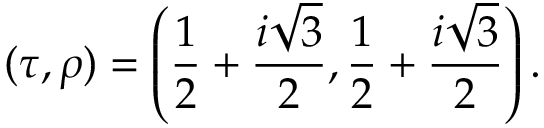
( \tau , \rho ) = \left( \frac { 1 } { 2 } + \frac { i \sqrt { 3 } } { 2 } , \frac { 1 } { 2 } + \frac { i \sqrt { 3 } } { 2 } \right) .